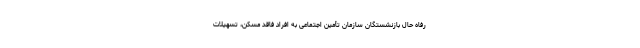
رفاه حال بازنشستگان سازمان تأمین اجتماعی به افراد فاقد مسکن، تسهیلات